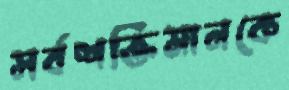
সর্বশক্তিমানকে